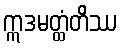
ဣဒမတ္ထံတိဿ